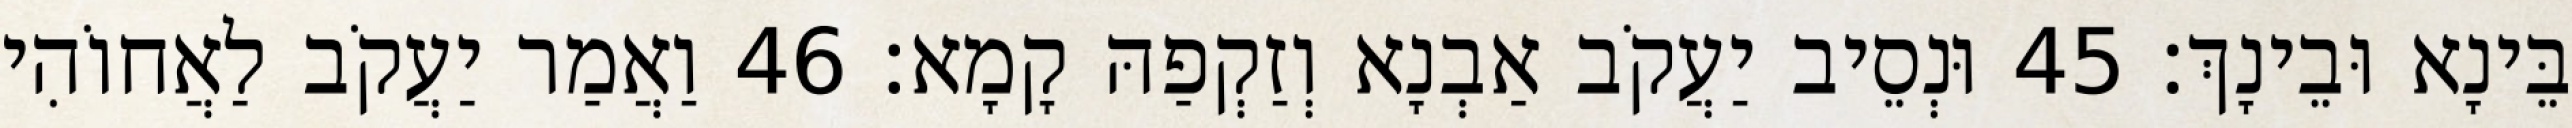
בֵּינָא וּבֵינָךְ׃ 45 וּנְסֵיב יַעֲקֹב אַבְנָא וְזַקְפַהּ קָמָא׃ 46 וַאֲמַר יַעֲקֹב לַאֲחוֹהִי